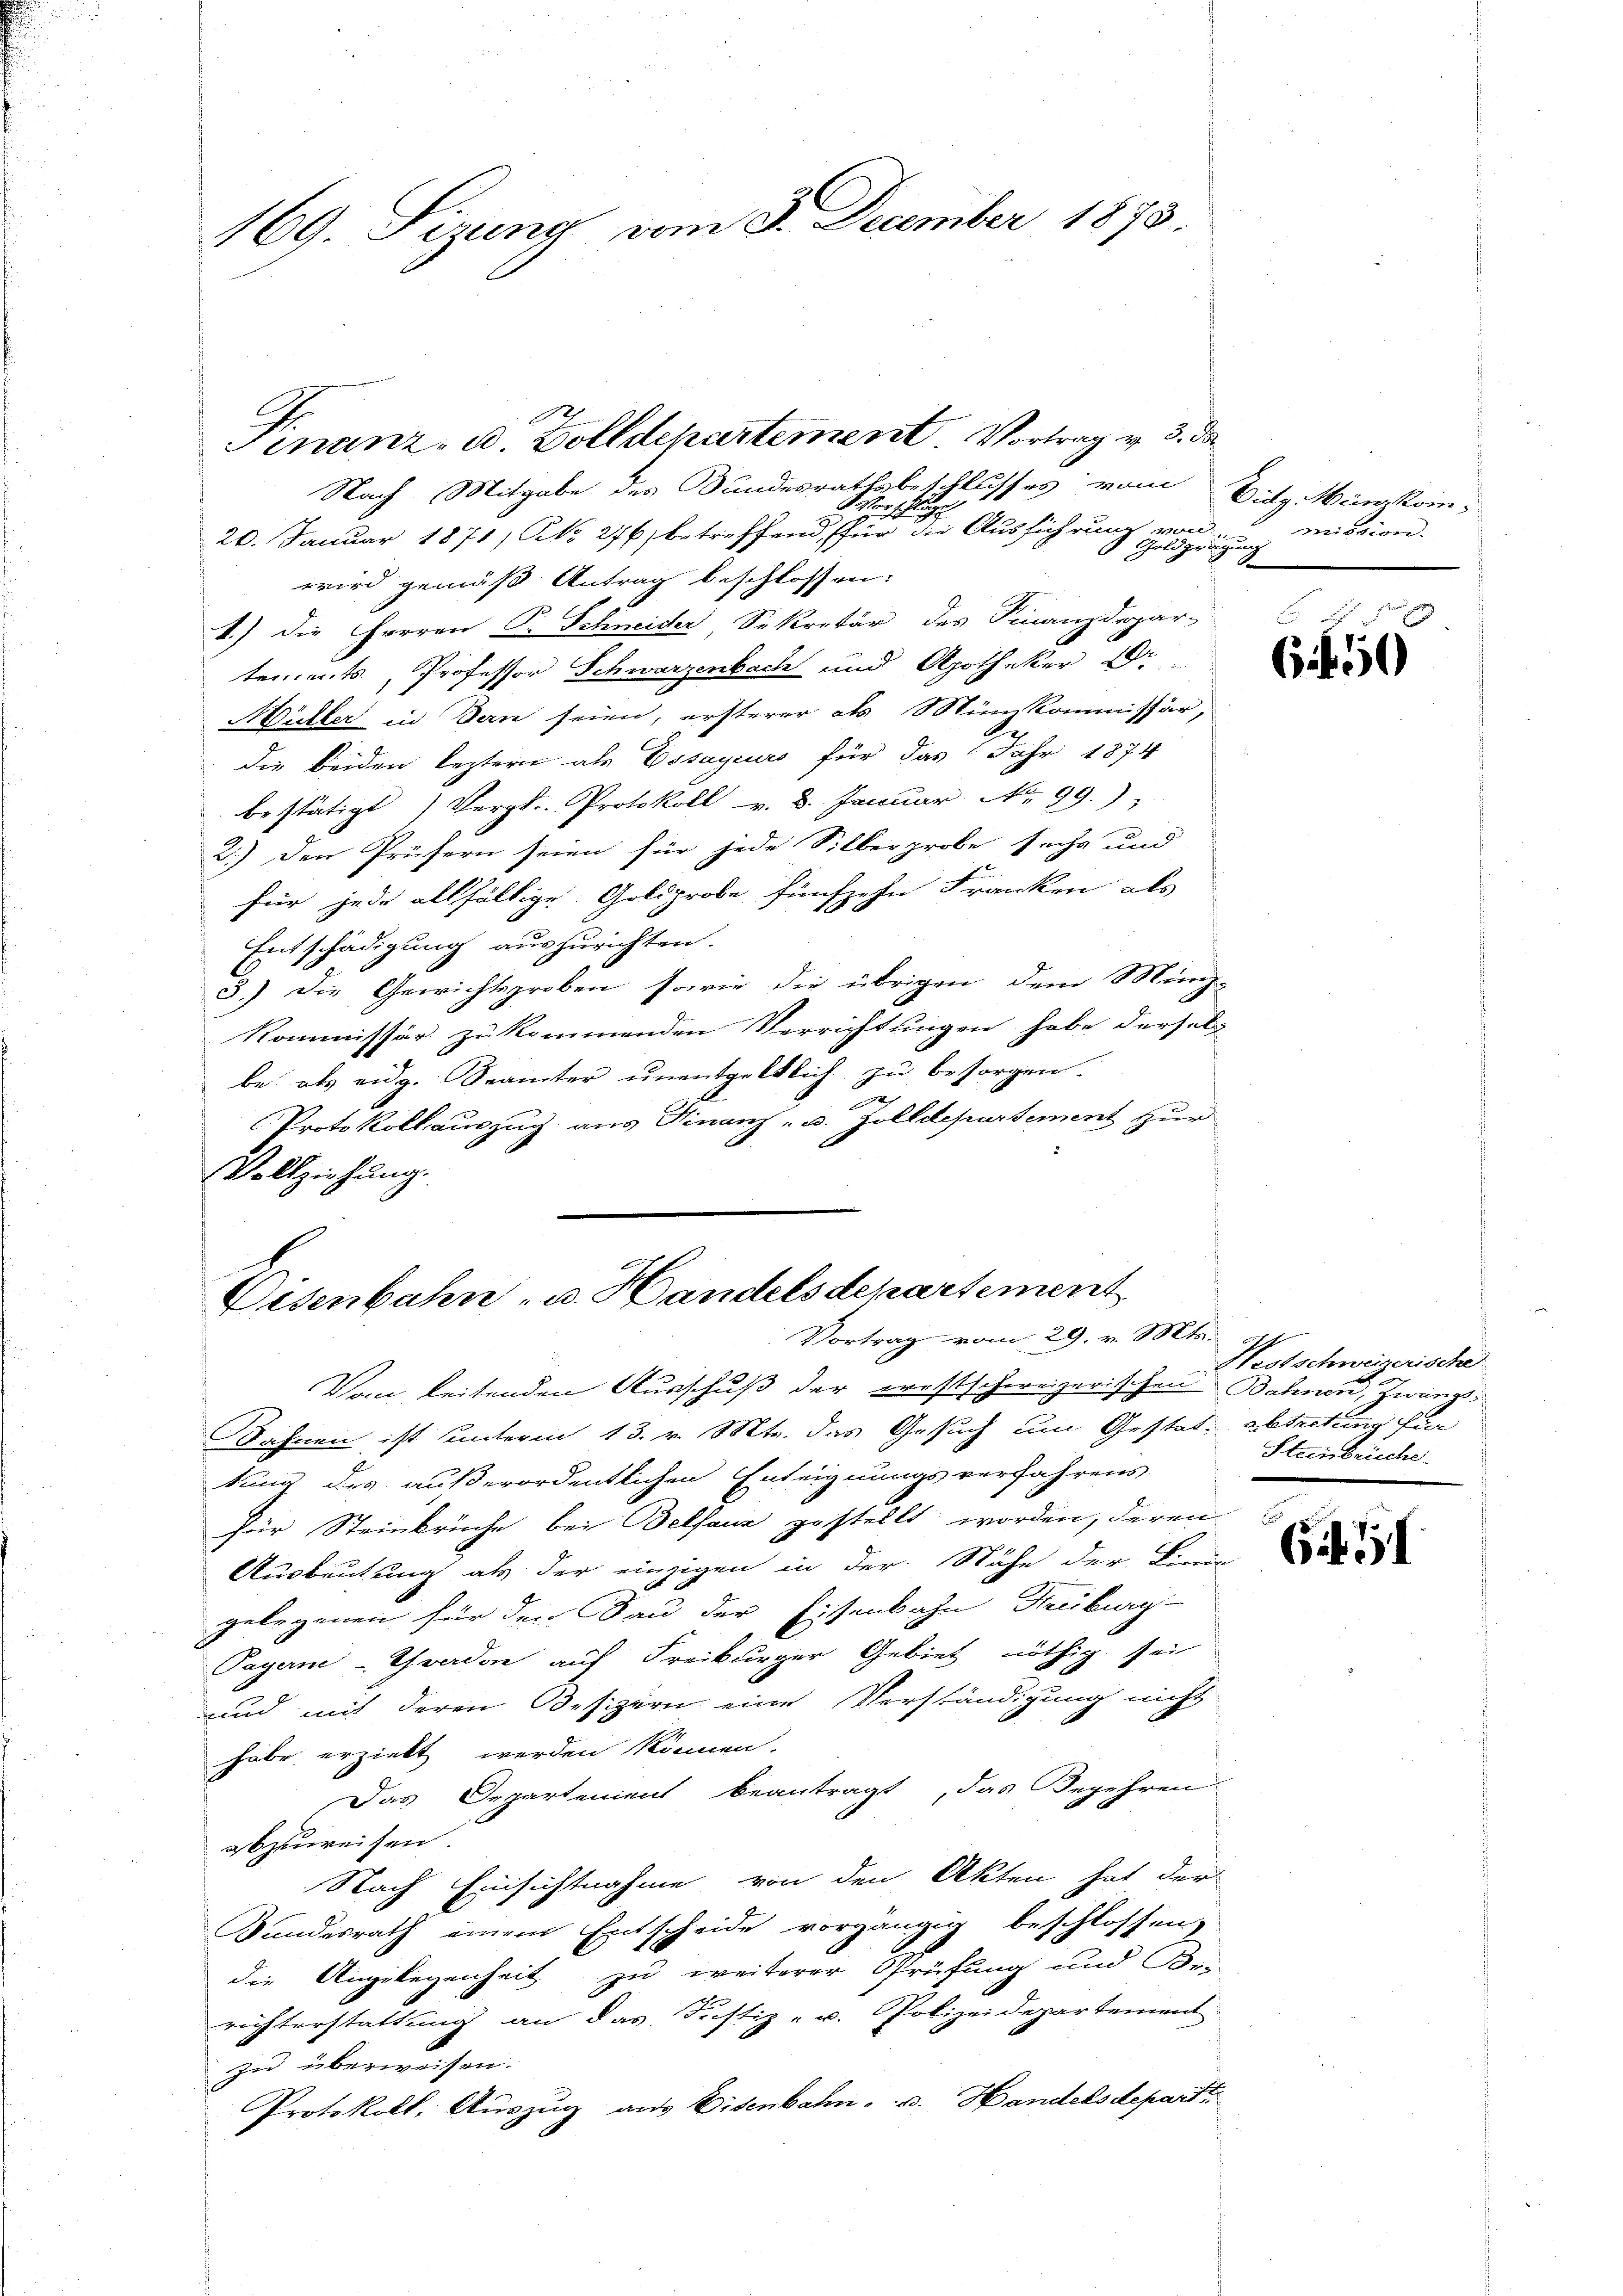
169. Sizung vom 8. December 1873.

Nach Mitgabe des Bundesrathsbeschlusses vom
. Verschung
20. Januar 1871, No 276) betreffend, für die Ausführung von
wird gemäß Antrag beschlossen:
1.) Die Herren P. Schneider Sekretär des Finanzdepar-
d
tements, Professor Schwarzenbach und Apotheker D.
Müller in den seien, ersterer als Münzkommissär,
die beiden leztern als Essayeurs für das Jahr 1874
bestätigt (Vergl. Protokoll v. 8. Januar Nr. 99.
2.) Den Prüfern seien für jede Silberprobe sechs und
für jede allfältige Goldprobe fünfzehn Franken als
Entschädigung auszurichten.
3.) Die Gewichtsproben sowie die übrigen dem Münz-
Kommissär zu kommenden Verrichtungen habe derselb
be als eidg. Seamter ŭnentgeltlich zu besorgen.
Protokollauszug aus Finanz- u. Zolldepartement zur
Vollziehung.

Finanz- u. Zolldchartement Vortrag v. 3. da

Eisenbahn- u. Handelsdepartement
Vortrag vom 29. v. Mts. f

Vom leitenden Ausschuß der prestschweizerischen Bahnen, Zwangs¬
Sahnen ist unterm 13. v. Mts. das Gesuch um Gestat- abtretung für
tung des außerordentlichen Enteignungsverfahrens
für Steinbrüche bei Belfauz gestellt worden, deren
Ausbeutung als der einzigen in der Nähe der Linie
gelegenen für den Bau der Eisenbahn Freiburg-
Payerne-Thrado auf Freiburger Gebiet nöthig sei
und mit deren Besizern eine Verständigung nicht
habe erzielt werden können.
Das Departemens beantragt, das Begehren
abzureisen.
Nach Einsichtnahme von den Akten hat der
Bundesrath einem Entscheide vorgängig beschlossen,
die Angelegenheit zu weiterer Prüfung und Be-
richterstattung an das Justiz- u. Polizeidepartement
zu überweisen.
Protokoll, Auszug aus Eisenbahn- u. Handelsdepart

Didg. Minkommission.
ndigung

7
6450

Nestschweizerische
Steinbrüche.

Gif